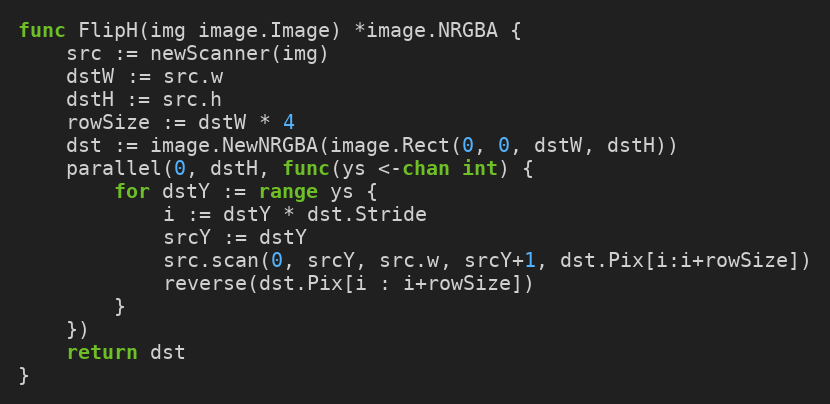
Language: Go
func FlipH(img image.Image) *image.NRGBA {
	src := newScanner(img)
	dstW := src.w
	dstH := src.h
	rowSize := dstW * 4
	dst := image.NewNRGBA(image.Rect(0, 0, dstW, dstH))
	parallel(0, dstH, func(ys <-chan int) {
		for dstY := range ys {
			i := dstY * dst.Stride
			srcY := dstY
			src.scan(0, srcY, src.w, srcY+1, dst.Pix[i:i+rowSize])
			reverse(dst.Pix[i : i+rowSize])
		}
	})
	return dst
}